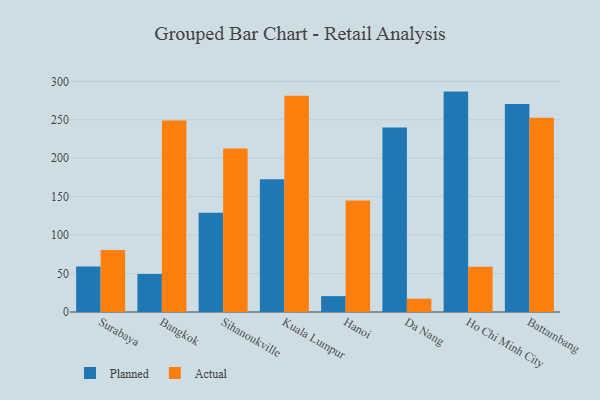
{"axis": {"x": "City", "y": "Bounce Rate (%)"}, "legend": ["Actual", "Planned"], "data": [{"x": "Surabaya", "y": 59.1, "type": "Planned"}, {"x": "Surabaya", "y": 80.5, "type": "Actual"}, {"x": "Bangkok", "y": 49.4, "type": "Planned"}, {"x": "Bangkok", "y": 248.9, "type": "Actual"}, {"x": "Sihanoukville", "y": 129.0, "type": "Planned"}, {"x": "Sihanoukville", "y": 212.7, "type": "Actual"}, {"x": "Kuala Lumpur", "y": 172.7, "type": "Planned"}, {"x": "Kuala Lumpur", "y": 281.3, "type": "Actual"}, {"x": "Hanoi", "y": 20.6, "type": "Planned"}, {"x": "Hanoi", "y": 144.9, "type": "Actual"}, {"x": "Da Nang", "y": 239.9, "type": "Planned"}, {"x": "Da Nang", "y": 17.3, "type": "Actual"}, {"x": "Ho Chi Minh City", "y": 286.6, "type": "Planned"}, {"x": "Ho Chi Minh City", "y": 59.0, "type": "Actual"}, {"x": "Battambang", "y": 270.4, "type": "Planned"}, {"x": "Battambang", "y": 252.5, "type": "Actual"}]}